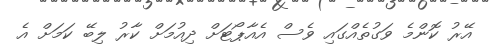
އޭރު ކޮންމެ ވަގުތެއްގައި ވެސް އެއާޕޯޓަށް ދިއުމަށް ކާރު ލިބޭ ކަމަށް އެ